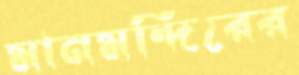
মানমন্দিরের